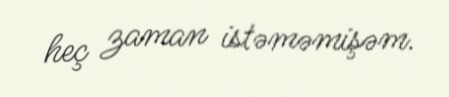
heç zaman istəməmişəm.